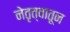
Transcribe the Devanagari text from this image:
नेतृत्वातून